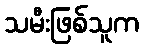
သမီးဖြစ်သူက